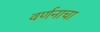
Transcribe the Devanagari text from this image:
वर्णनाचा